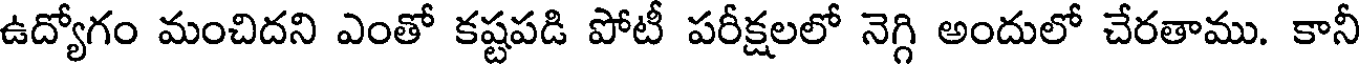
ఉద్యోగం మంచిదని ఎంతో కష్టపడి పోటీ పరీక్షలలో నెగ్గి అందులో చేరతాము. కానీ